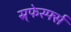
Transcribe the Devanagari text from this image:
स्र्फेर्स्फ्स